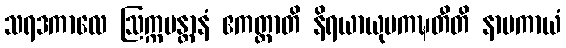
သရဒကာလေ ဩက္ကမန္တာနံ ဧကတ္ထာတိ နိရယာယုပကဍ္ဎတီတိ နာမကာယံ